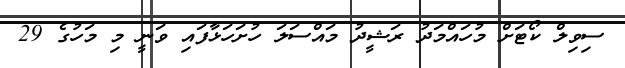
ސިވިލް ކޯޓަށް މުހައްމަދު ރަޝީދު މައްސަލަ ހުށަހަޅާފައި ވަނީ މި މަހުގެ 29